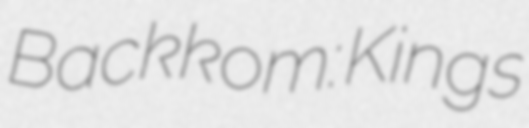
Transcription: Backkom: Kings